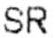
SR